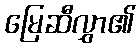
မြေဆီလွှာ၏